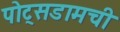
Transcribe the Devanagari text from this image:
पोट्सडामची